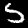
Digit: 5